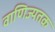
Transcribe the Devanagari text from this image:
वाणिज्यतक